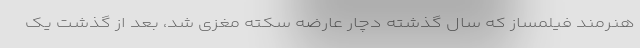
هنرمند فیلمساز که سال گذشته دچار عارضه سکته مغزی شد، بعد از گذشت یک